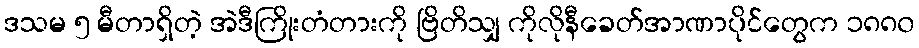
ဒသမ ၅ မီတာရှိတဲ့ အဲဒီကြိုးတံတားကို ဗြိတိသျှ ကိုလိုနီခေတ်အာဏာပိုင်တွေက ၁၈၈၀